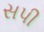
સપી